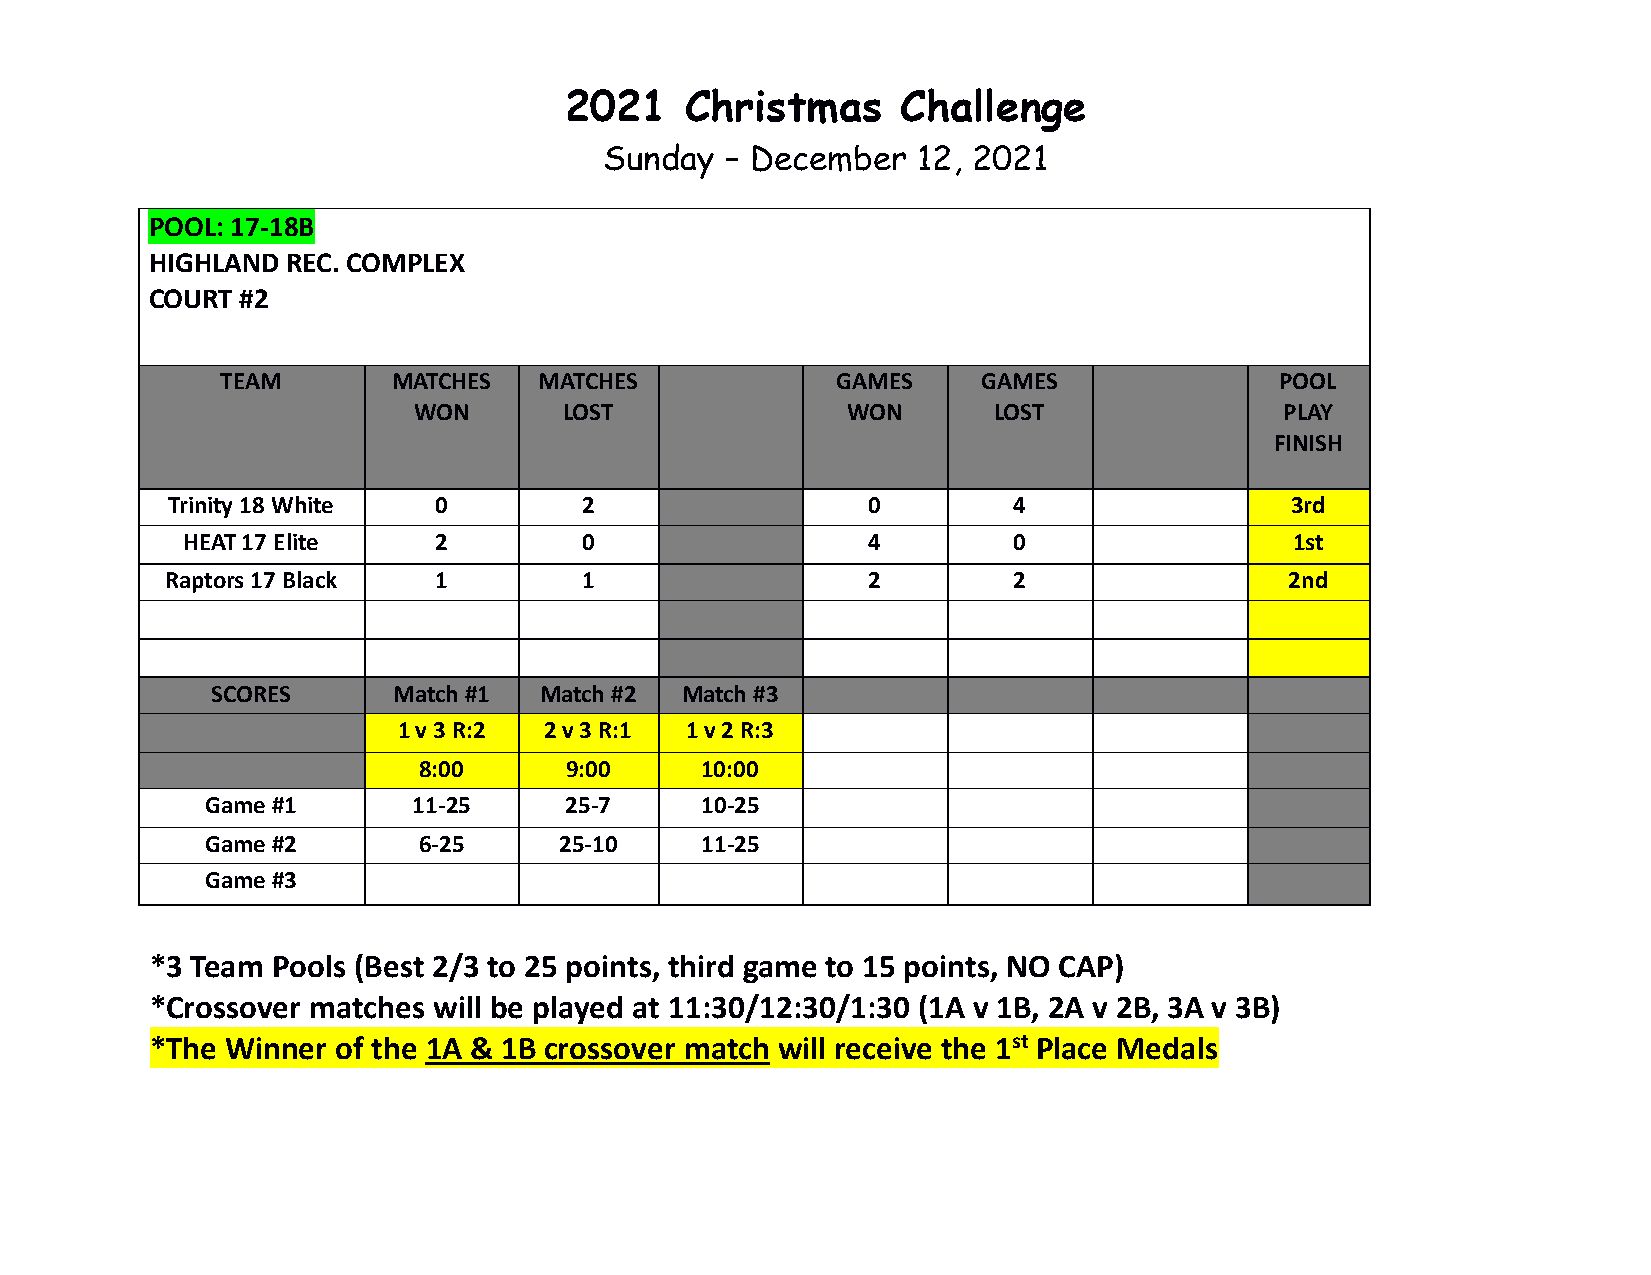
2021    Christmas      Challenge
 Sunday  – December   12, 2021
 POOL: 17-18B
 HIGHLAND REC. COMPLEX
 COURT #2
 TEAM       MATCHES   MATCHES            GAMES     GAMES               POOL
 WON       LOST               WON       LOST               PLAY
 FINISH
 Trinity 18 White  0        2                  0         4                 3rd
 HEAT 17 Elite    2        0                  4         0                  1st
 Raptors 17 Black  1        1                  2         2                 2nd
 SCORES      Match #1  Match #2 Match #3
 1 v 3 R:2 2 v 3 R:1 1 v 2 R:3
 8:00     9:00     10:00
 Game #1      11-25     25-7     10-25
 Game #2       6-25     25-10    11-25
 Game #3
 *3 Team Pools (Best 2/3 to 25 points, third game to 15 points, NO CAP)
 *Crossover matches will be played at 11:30/12:30/1:30 (1A v 1B, 2A v 2B, 3A v 3B)
 *The Winner of the 1A & 1B crossover match will receive the 1st Place Medals